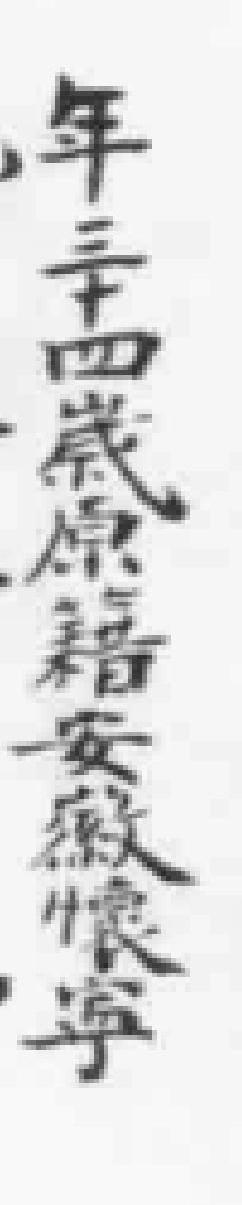
年三十四歲原籍安徽懷寧